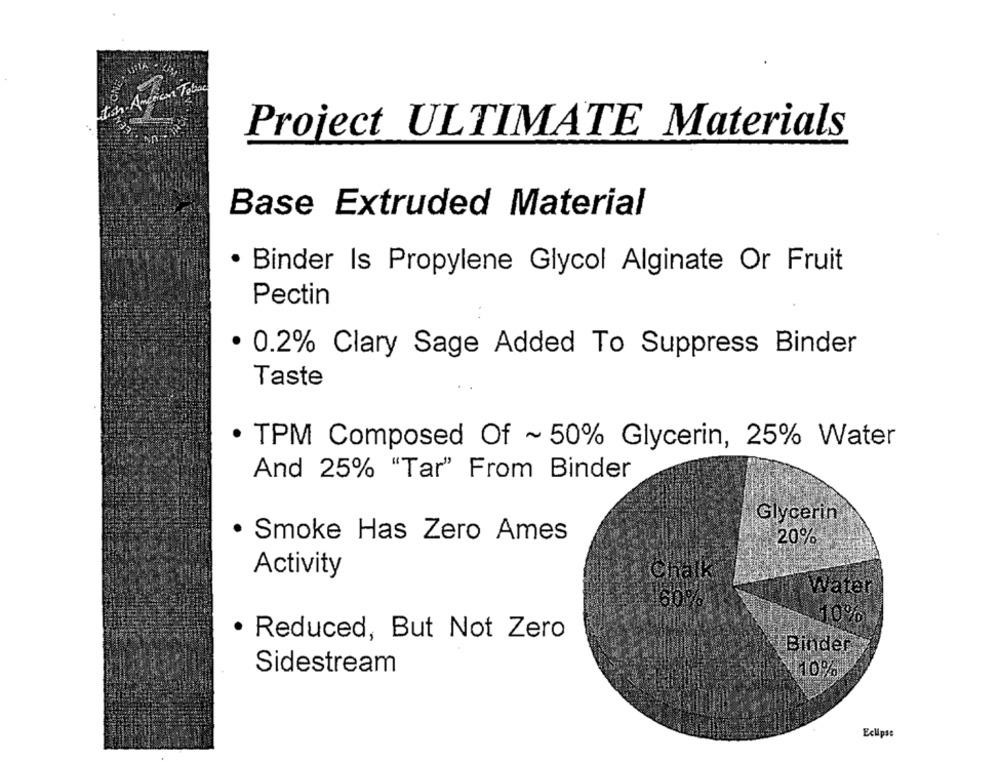
Project ULTIMATE Materials
Base Extruded Material
.
Binder Is Propylene Glycol Alginate Or Fruit
Pectin
· 0.2% Clary Sage Added To Suppress Binder
Taste
TPM Composed Of ~ 50% Glycerin, 25% Water
And 25% "Tar" From Binder
Glycerin
· Smoke Has Zero Ames
20%
Activity
Chalk
Water
60%1
3.0%
· Reduced, But Not Zero
Binder
Sidestream
110%
Eclipse